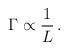
LaTeX: \begin{align*}\Gamma \propto \frac{1}{L} \,. \end{align*}